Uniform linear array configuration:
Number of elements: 8
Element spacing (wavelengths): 1
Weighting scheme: binomial
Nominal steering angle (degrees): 30
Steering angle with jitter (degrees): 29.283
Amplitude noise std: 0.05
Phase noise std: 0.05

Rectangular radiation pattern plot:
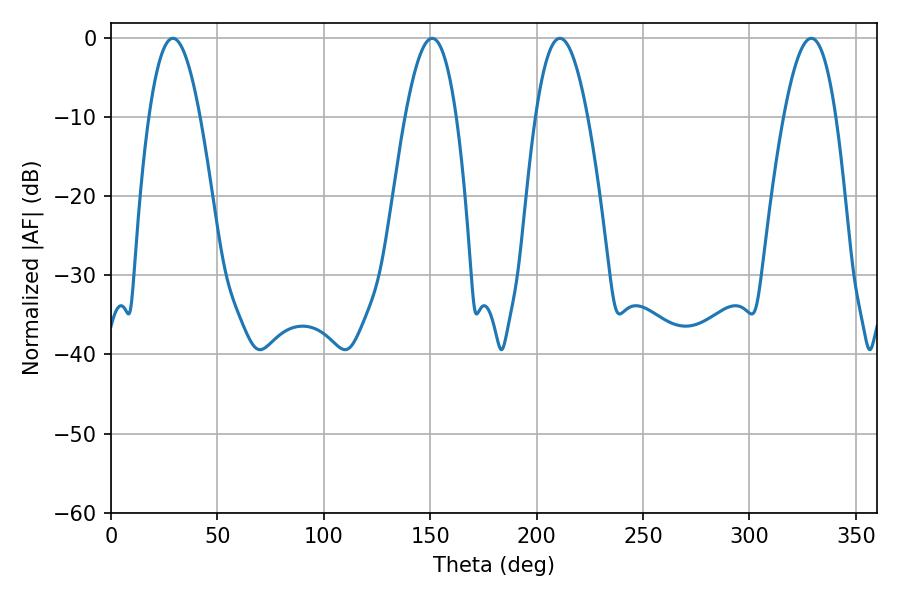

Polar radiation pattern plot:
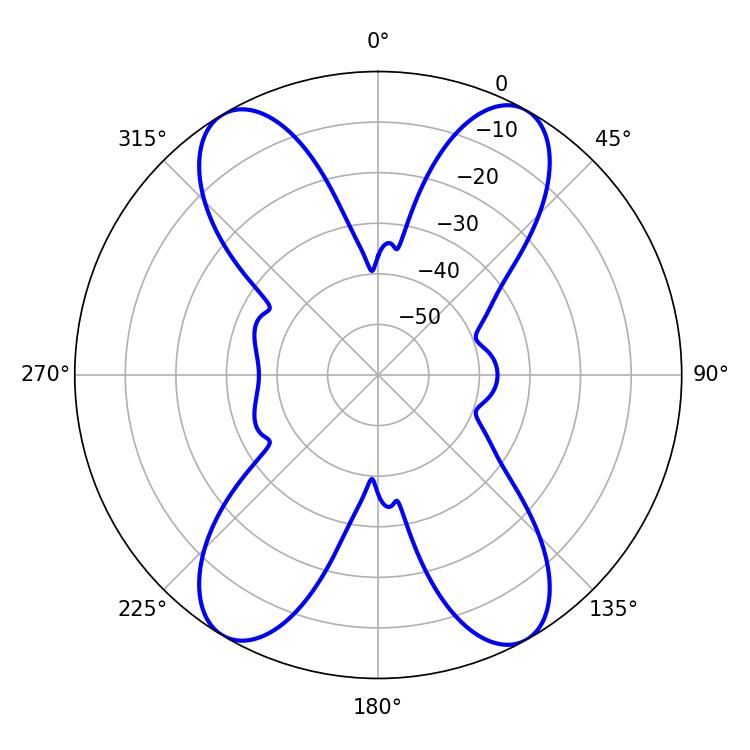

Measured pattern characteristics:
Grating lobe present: TRUE
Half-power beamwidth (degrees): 13.32
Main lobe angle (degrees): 210.96